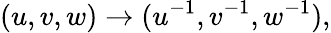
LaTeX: (u,v,w)\to(u^{-1},v^{-1},w^{-1}),